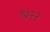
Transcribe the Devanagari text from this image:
९३२२